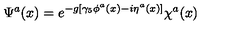
\Psi ^ { a } ( x ) = e ^ { - g [ \gamma _ { 5 } \phi ^ { a } ( x ) - i \eta ^ { a } ( x ) ] } \chi ^ { a } ( x )